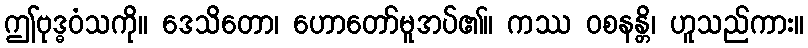
ဤဗုဒ္ဓဝံသကို။ ဒေသိတော၊ ဟောတော်မူအပ်၏။ ကဿ ဝစနန္တိ၊ ဟူသည်ကား။